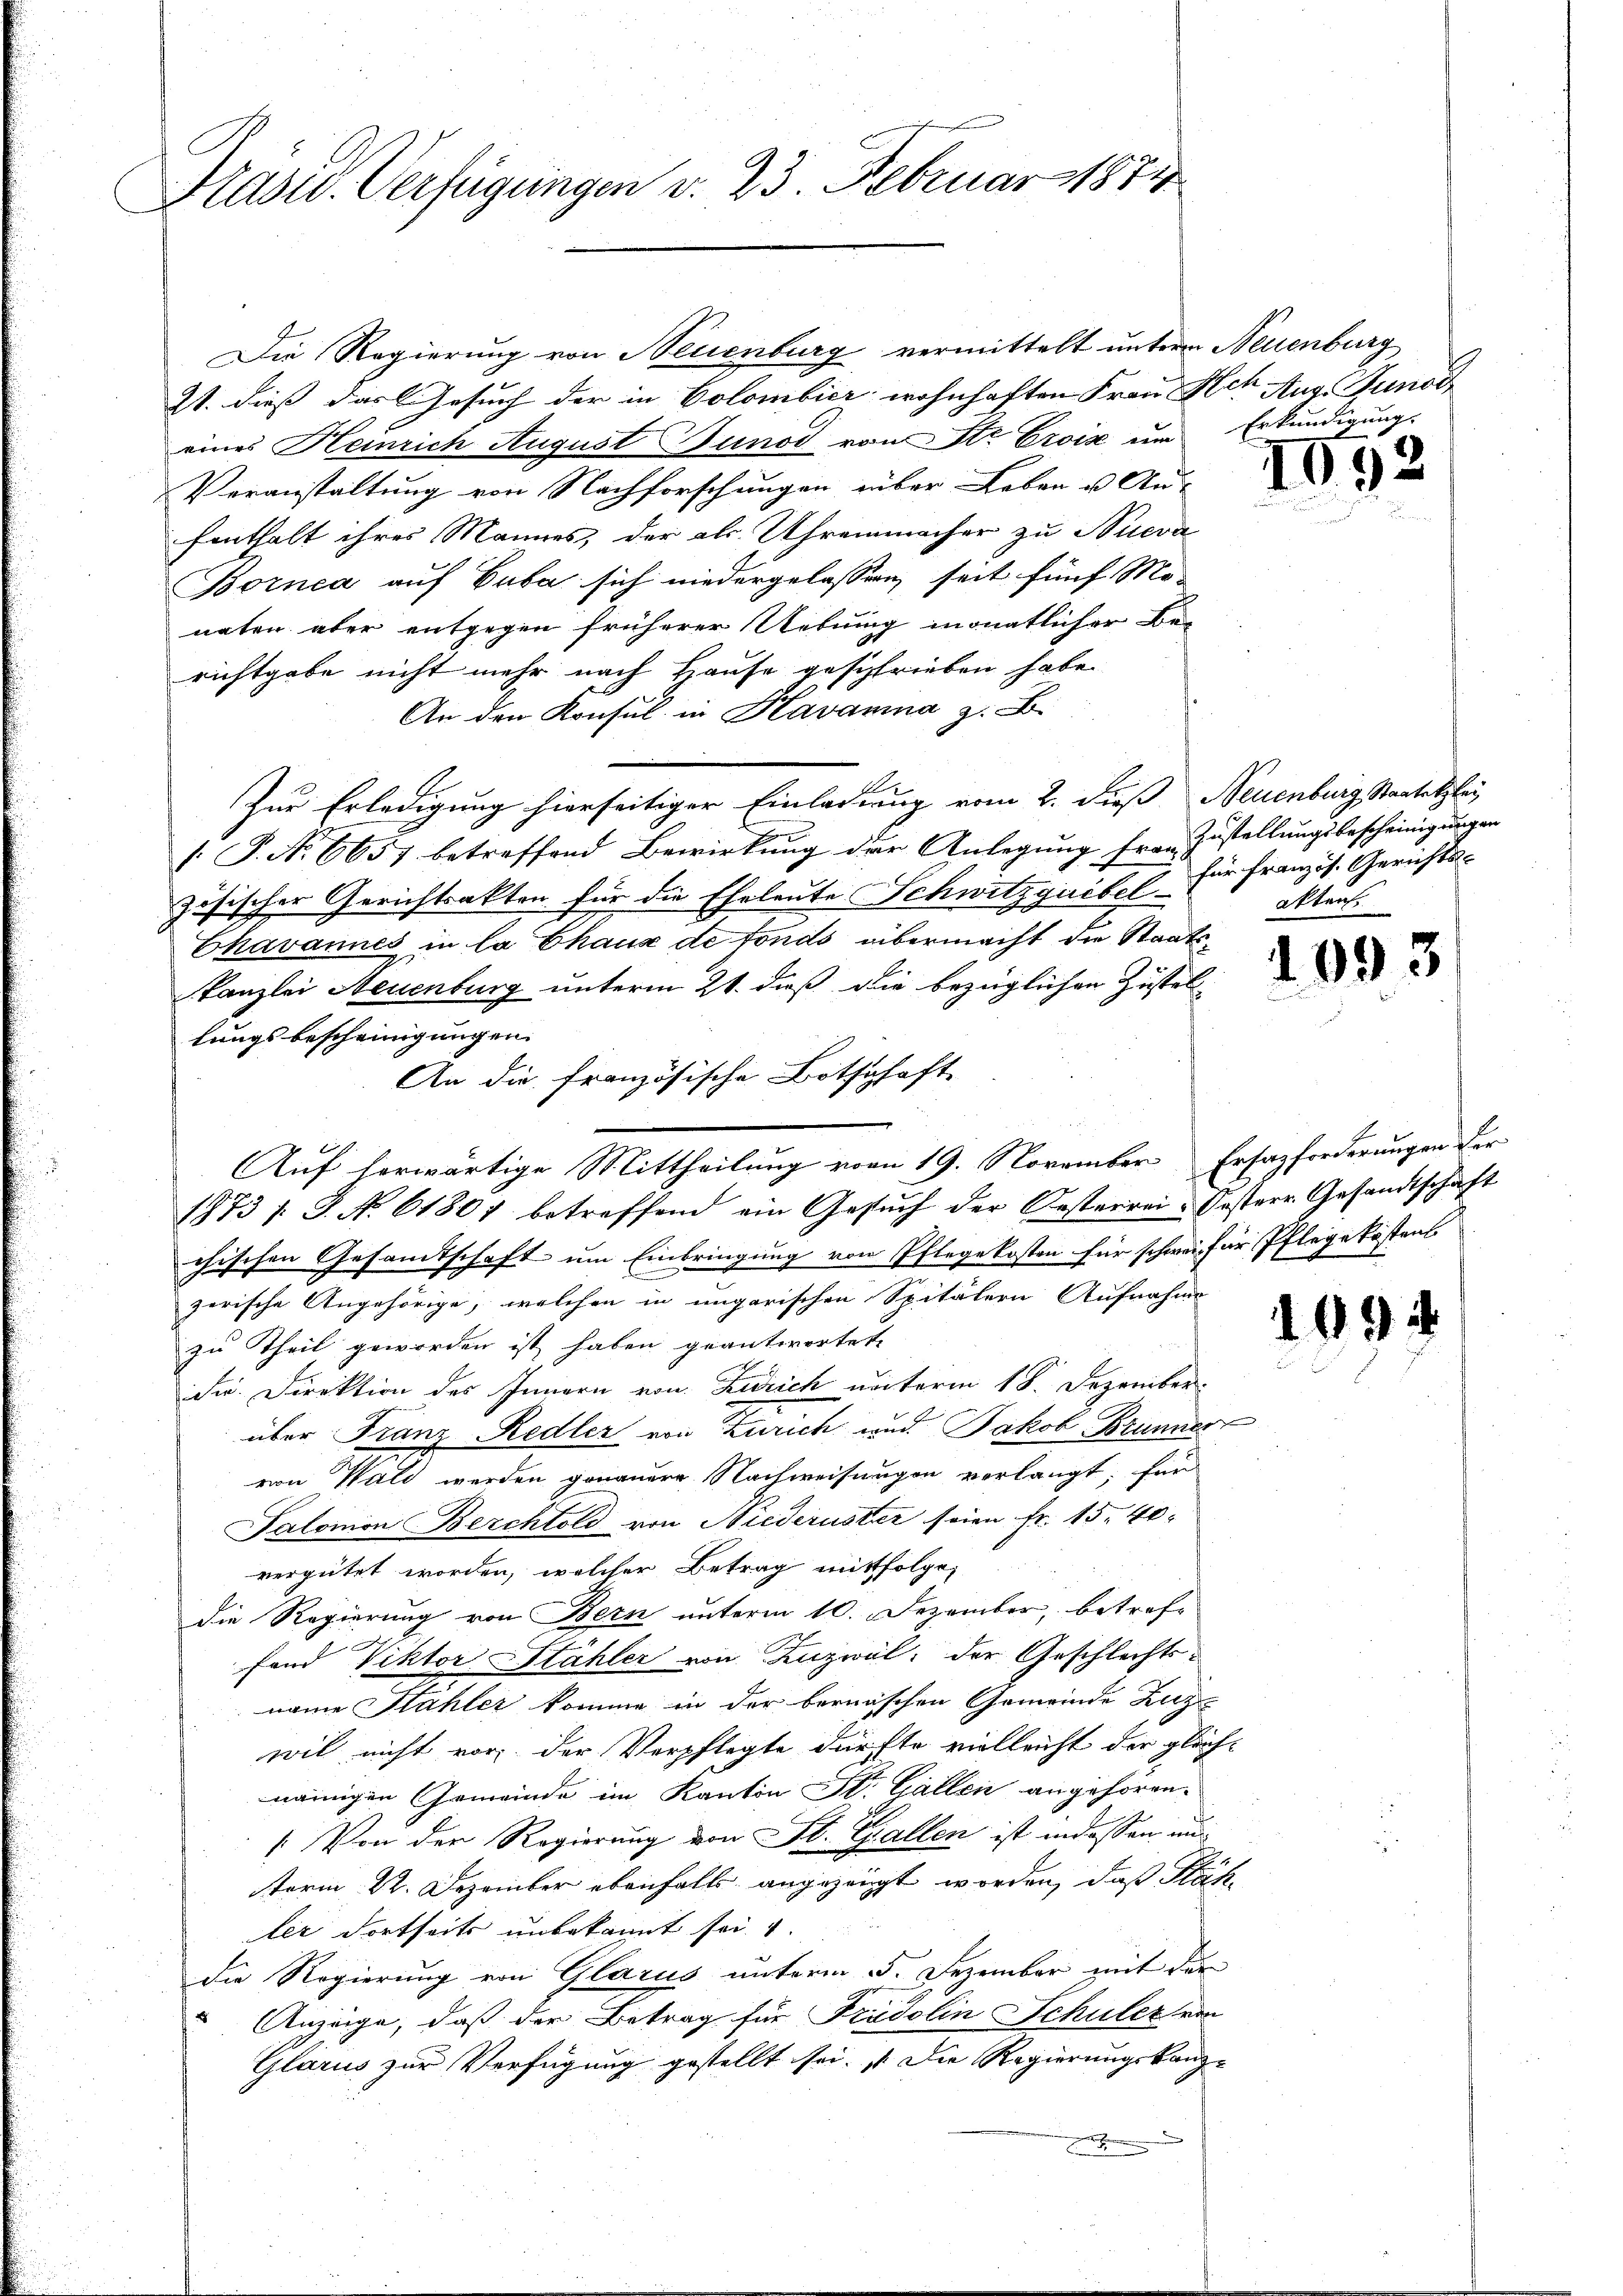
Hlasur. Verfügungen v. 23. Februar 1874

Die Regierung von Neuenburg vermittelt unterm Neuenburg
21. dieß das Gesuch der in Colombier wohnhaften Frau Ach Aug. Junod
eines Heinrich August Tunod von Sr. Erois um Erkundigung
Veranstaltung von Nachforschungen über Leben u. An-
fenthalt ihres Mannes, der als Uhrenmacher zu Nucra
Bornea auf Cuba sich niedergelassen, seit fünf Mo-
naten aber entgegen früherer Uebung monatlicher Be-
richtgabe nicht mehr nach Hause geschrieben habe
An den Konsul in Havanna z. B.
Zur Erledigung hierseitiger Einladung vom 2. dieß Neuenburg, Staatelzlei
1. P. No 6657 betreffend Bewirkung der Anlegung fra Zustellungsbescheinigungen
zösischer Gerichtsakten für die Eheleute Schwitzquibel für franzis. Gerichts¬
Chavannes in la Chaux de fonds übermacht die Staats¬
Kanzlei Neuenburg unterm 21. dieß die bezüglichen Zustel
lungsbescheinigungen.
An die französische Bothschaft-
Auf herwärtige Mittheilung vom 19. November Ersazforderungen der
1973 s. S. No. 61807 betreffend ein Gesuch der Oesterrei-Oesterr. Gesandtschaft
chischen Gesandtschaft um Einbringung von Pflegekosten für schwei für Pflegekostens
zerische Angehörige, welchen in ungarischen Spitälern Aufnahme
zu Theil geworden ist haben geantwortete
die Direktion des Innern von Zürich unterm 18. Dezember
über Franz-Redler von Zürich, und Jakob Brunner
von Wald werden genauere Nachweisungen verlangt; für
Salomon Berchtold von Niederuster seien Fr. 15. 40
vergütet worden, welcher Betrag mitfolgen
die Regierung von Bern unterm 10. Dezember, betroffand Viktor Stähler von Fenzwil, der Geschlechtsname Stähler komme in der bernischen Gemeinde Zuz
wil nicht vor, der Verpflegte dürfte vielleicht der gleichnamigen Gemeinde im Kanton St. Gallen angehören.
/: Von der Regierung von St. Gallen ist indessen unterm 22. Dezember ebenfalls angezeigt worden, daß Klähfie dortseits unbekannt sei.
die Regierung von Glarus unterm 5. Dezember mit der
Anzeige, daß der Betrag für Fridolin Schuler von
Glarus zur Verfügung gestellt sei. Die Regierungskanzx

409

aften

1093

109.